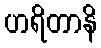
ဟရိတာနိ